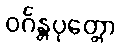
ဝင်္ဂန္တပုတ္တော